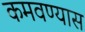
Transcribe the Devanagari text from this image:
कमवण्यास